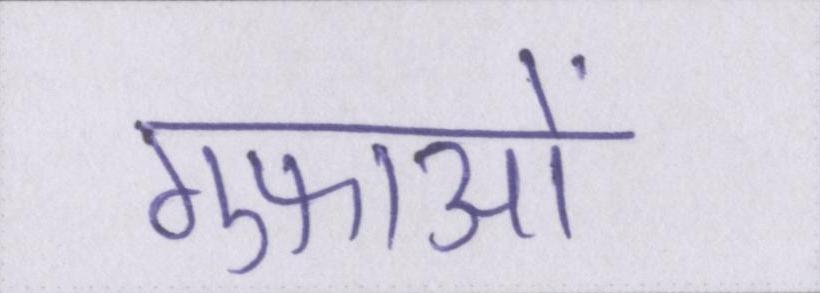
गुफाओं